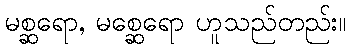
မစ္ဆရော, မစ္ဆေရော ဟူသည်တည်း။